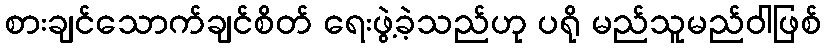
စားချင်သောက်ချင်စိတ် ရေးဖွဲ့ခဲ့သည်ဟု ပရို မည်သူမည်ဝါဖြစ်